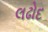
લઢોદ